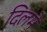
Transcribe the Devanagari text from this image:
दिलमे